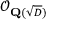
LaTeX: { \mathcal { O } } _ { \mathbf { Q } ( { \sqrt { D } } ) }